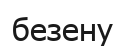
безену